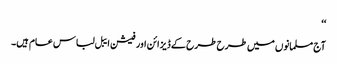
‘‘
آج مسلمانوں میں طرح طرح کے ڈیزائن اور فیشن ایبل لباس عام ہیں۔